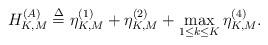
LaTeX: \begin{align*} H_{K,M}^{\left( A \right)} \buildrel \Delta \over = \eta _{K,M}^{(1)} + \eta _{K,M}^{(2)} + \mathop {\max }\limits_{1 \le k \le K} \eta _{K,M}^{(4)}.\end{align*}